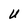
Character: U